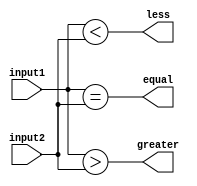
module eight_bit_comparator (
    input [7:0] input1,
    input [7:0] input2,
    output equal,
    output greater,
    output less
);

assign equal = (input1 == input2);
assign greater = (input1 > input2);
assign less = (input1 < input2);

endmodule